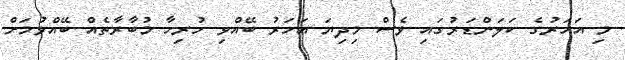
މި އަހަރުގެ ކަލަންޑަރުގައި ވެސް މިދިޔަ އަހަރު ބޭއްވި ހުރިހާ މުބާރާތެއް ބޭއްވުމަށް